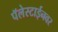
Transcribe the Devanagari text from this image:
पॅलेस्टाईनवर